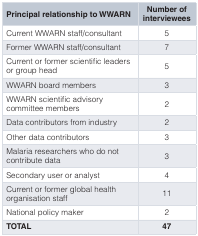
<table><thead><tr><td><b>Principal relationship to WWARN</b></td><td><b>Number ofinterviewees</b></td></tr></thead><tbody><tr><td>Current WWARN staff/consultant</td><td>5</td></tr><tr><td>Former WWARN staff/consultant</td><td>7</td></tr><tr><td>Current or former scientific leadersor group head</td><td>5</td></tr><tr><td>WWARN board members</td><td>3</td></tr><tr><td>WWARN scientific advisorycommittee members</td><td>2</td></tr><tr><td>Data contributors from industry</td><td>2</td></tr><tr><td>Other data contributors</td><td>3</td></tr><tr><td>Malaria researchers who do notcontribute data</td><td>3</td></tr><tr><td>Secondary user or analyst</td><td>4</td></tr><tr><td>Current or former global healthorganisation staff</td><td>11</td></tr><tr><td>National policy maker</td><td>2</td></tr><tr><td><b>TOTAL</b></td><td><b>47</b></td></tr></tbody></table>